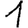
Digit: 1